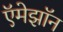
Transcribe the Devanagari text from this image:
ऍमेझॉन